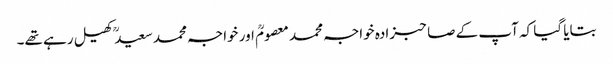
بتایا گیا کہ آپ کے صاحبزادہ خواجہ محمد معصومؒ اور خواجہ محمد سعیدؒ کھیل رہے تھے۔